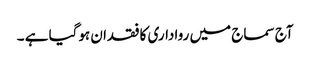
آج سماج میں رواداری کا فقدان ہوگیا ہے ۔